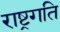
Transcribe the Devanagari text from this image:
राष्ट्रगति